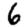
Digit: 6